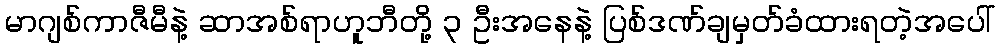
မာဂျစ်ကာဇီမီနဲ့ ဆာအစ်ရာဟူဘီတို့ ၃ ဦးအနေနဲ့ ပြစ်ဒဏ်ချမှတ်ခံထားရတဲ့အပေါ်